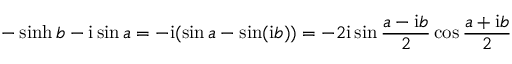
- \sinh b - \mathrm { i } \sin a = - \mathrm { i } ( \sin a - \sin ( \mathrm { i } b ) ) = - 2 \mathrm { i } \sin \frac { a - \mathrm { i } b } 2 \cos \frac { a + \mathrm { i } b } 2